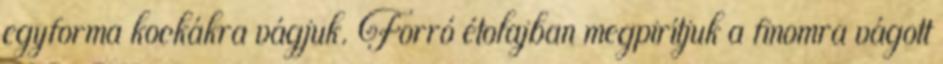
egyforma kockákra vágjuk. Forró étolajban megpirítjuk a finomra vágott